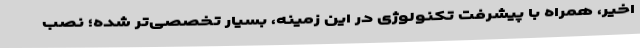
اخیر، همراه با پیشرفت تکنولوژی در این زمینه، بسیار تخصصی‌تر شده؛ نصب